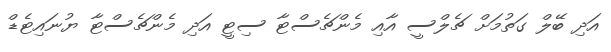
އަދި ބޭލް ގަތުމަށް ޗެލްސީ އާއި މެންޗެސްޓާ ސިޓީ އަދި މެންޗެސްޓާ ޔުނައިޓެޑް